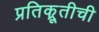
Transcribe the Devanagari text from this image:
प्रतिक्रूतीची